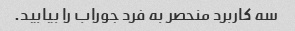
سه کاربرد منحصر به فرد جوراب را بیابید.